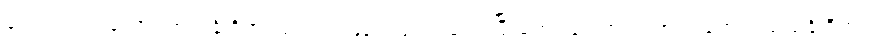
ပေါက်ကွဲရင်တော့ ‘အသင်္ခါရိက’ ပေါ့၊ တဖြည်းဖြည်း တွေးပြီးတော့ ပေါက်ကွဲလာရင်တော့ ‘သသင်္ခါရိက’